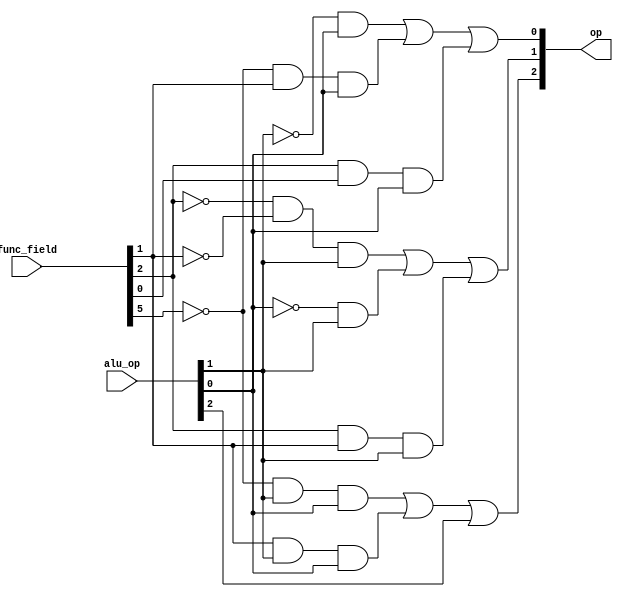
module alu_control(alu_op,func_field,op);

input [5:0] func_field;
input [2:0] alu_op;
output [2:0] op;

wire w1,w2,w3,w4,w5,w6,w7,w8,w9,w10,w11,w12,w13,w14;

not (w1,func_field[5]);
and (w2,w1,alu_op[1],alu_op[0]);
and(w3,func_field[1],alu_op[1],alu_op[0]);
or(op[2],w2,w3,alu_op[2]);


not(w4,func_field[2]);
not(w5,func_field[1]);
and(w6,w4,w5,alu_op[1]);

not(w7,alu_op[0]);
and(w8,w7,alu_op[1]);

and(w9,func_field[2],func_field[1],alu_op[1]);
or(op[1],w6,w8,w9);

not(w10,alu_op[1]);
and(w11,w10,alu_op[0]);

not(w12,func_field[5]);
and(w13,w12,func_field[1],alu_op[0]);

and(w14,func_field[2],func_field[0],alu_op[0]);
or(op[0],w11,w13,w14);


endmodule